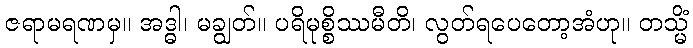
ဇရာမရဏမှ။ အဒ္ဓါ၊ မချွတ်။ ပရိမုစ္စိဿမီတိ၊ လွတ်ရပေတော့အံဟု။ တသ္မိံ